Plague in India, 1896, 1897 - Volume 1
Year: 1896
Disease focus: Plague
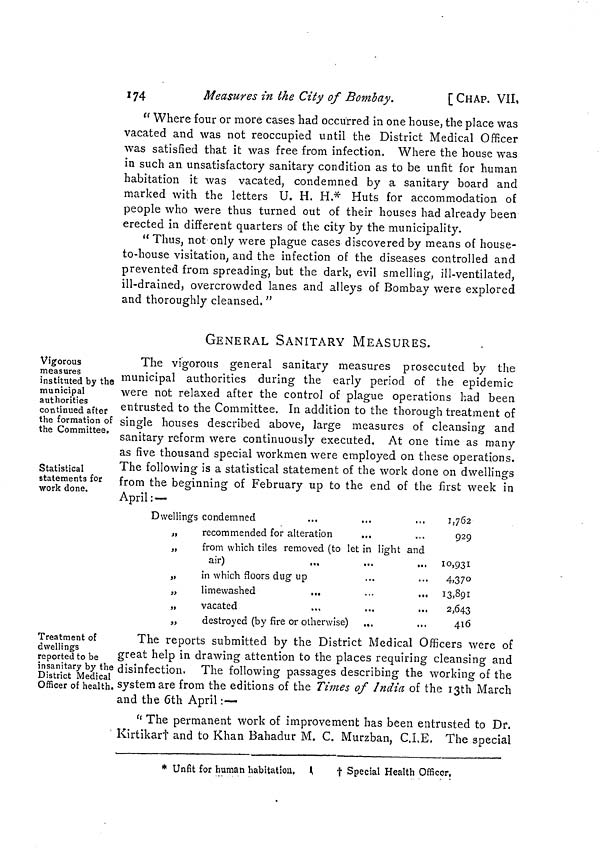
174
Measures in the City of Bombay.
[CHAP. VII,
" Where four or more cases had occurred in one house, the place was
vacated and was not reoccupied until the District Medical Officer
was satisfied that it was free from infection. Where the house was
in such an unsatisfactory sanitary condition as to be unfit for human
habitation it was vacated, condemned by a sanitary board and
marked with the letters U. H. H.* Huts for accommodation of
people who were thus turned out of their houses had already been
erected in different quarters of the city by the municipality.
" Thus, not only were plague cases discovered by means of house-
to-house visitation, and the infection of the diseases controlled and
prevented from spreading, but the dark, evil smelling, ill-ventilated,
ill-drained, overcrowded lanes and alleys of Bombay were explored
and thoroughly cleansed. "
Vigorous
measures
instituted by the
municipal
authorities
continued after
the formation of
the Committee.
Statistical
statements for
work done.
GENERAL SANITARY MEASURES.
The vigorous general sanitary measures prosecuted by the
municipal authorities during the early period of the epidemic
were not relaxed after the control of plague operations had been
entrusted to the Committee. In addition to the thorough treatment of
single houses described above, large measures of cleansing and
sanitary reform were continuously executed. At one time as many
as five thousand special workmen were employed on these operations.
The following is a statistical statement of the work done on dwellings
from the beginning of February up to the end of the first week in
April: —
Dwellings condemned
„
recommended for alteration
„
from which tiles removed (to let in light and
air)
„
in which floors dug up
„
limewashed
...
...
...
„
vacated
„
destroyed (by fire or otherwise) ...
1,762
929
10,931
4,37°1
3,891
2,643
416
Treatment of
dwellings
reported to be
insanitary by the
District Medical
Officer of health.
The reports submitted by the District Medical Officers were of
great help in drawing attention to the places requiring cleansing and
disinfection. The following passages describing the working of the
system are from the editions of the Times of India of the 13th March
and the 6th April :—
" The permanent work of improvement has been entrusted to Dr.
Kirtikart and to Khan Bahadur M. C. Murzban, C.I.E. The special
* Unfit for human habitation.
t Special Health Officer,